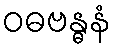
ဝဓဗန္ဓနံ